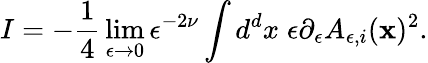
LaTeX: I=-{\frac{1}{4}}\operatorname*{lim}_{\epsilon\to 0}\epsilon^{-2\nu}\int d^{d}x\; \epsilon\partial_{\epsilon}A_{\epsilon,i}({\mathbf x})^{2}.